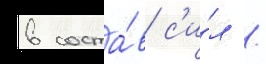
в соста́в с'и́л /